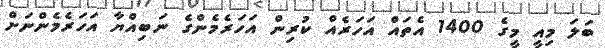
ބަލަ މިއީ މީގެ 1400 އެތައް އަހަރެއް ކުރިން އަހަރެމެންގެ ނަބިއްޔާ އަހަރެމެންނަށް